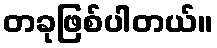
တခုဖြစ်ပါတယ်။